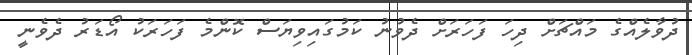
ދުވާލެއްގެ މައްޗަށް ދިހަ ފަހަރަށް ދެވުނު ކަމުގައިވިޔަސް ކޮންމެ ފަހަރަކު އޯޑަރު ދެވެނީ